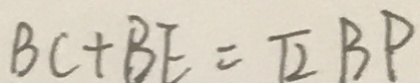
B C + B E = \sqrt { 2 } B P